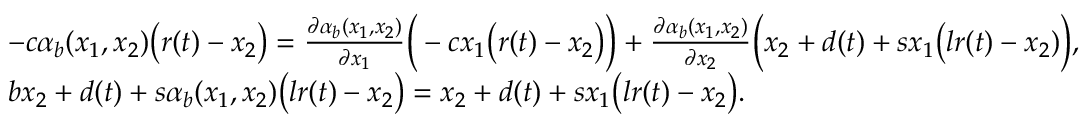
\begin{array} { r l } & { - c \alpha _ { b } ( x _ { 1 } , x _ { 2 } ) \big ( r ( t ) - x _ { 2 } \big ) = \frac { \partial \alpha _ { b } ( x _ { 1 } , x _ { 2 } ) } { \partial x _ { 1 } } \Big ( - c x _ { 1 } \big ( r ( t ) - x _ { 2 } \big ) \Big ) + \frac { \partial \alpha _ { b } ( x _ { 1 } , x _ { 2 } ) } { \partial x _ { 2 } } \Big ( x _ { 2 } + d ( t ) + s x _ { 1 } \big ( l r ( t ) - x _ { 2 } \b ) \Big ) , } \\ & { b x _ { 2 } + d ( t ) + s \alpha _ { b } ( x _ { 1 } , x _ { 2 } ) \big ( l r ( t ) - x _ { 2 } \big ) = x _ { 2 } + d ( t ) + s x _ { 1 } \big ( l r ( t ) - x _ { 2 } \big ) . } \end{array}